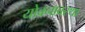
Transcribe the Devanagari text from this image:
योवनावस्था